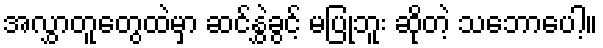
အလွှာတူတွေထဲမှာ ဆင်နွှဲခွင့် မပြုဘူး ဆိုတဲ့ သဘောပေါ့။